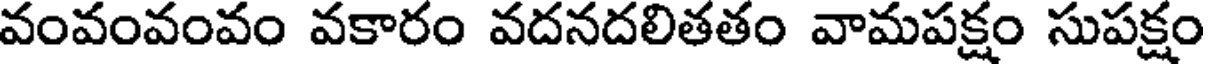
వంవంవంవం వకారం వదనదలితతం వామపక్షం సుపక్షం